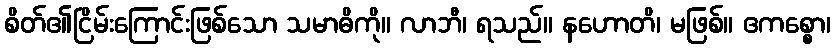
စိတ်၏ငြိမ်းကြောင်းဖြစ်သော သမာဓိကို။ လာဘီ၊ ရသည်။ နဟောတိ၊ မဖြစ်။ ဧကစ္စော၊